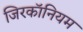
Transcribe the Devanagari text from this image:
जिरकॉनियम